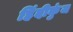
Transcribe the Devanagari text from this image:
हिंदीकुंज